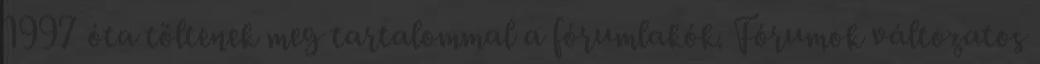
1997 óta töltenek meg tartalommal a fórumlakók. Fórumok változatos